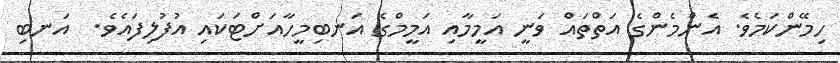
ހިމޭންކަމެވެ. އެންމެންގެ އަތްތައް ވަނީ އަމީމާއި އަމީމްގެ އަނބިމީހާއަށްޓަކައި އުފުލިފައެވެ.  އަނބި